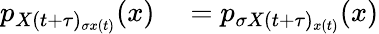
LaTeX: \begin{array}{rl}{p_{X(t+\tau)_{\sigma x(t)}}(x)}&{{}=p_{\sigma X(t+\tau)_{x(t)}}(x)}\end{array}